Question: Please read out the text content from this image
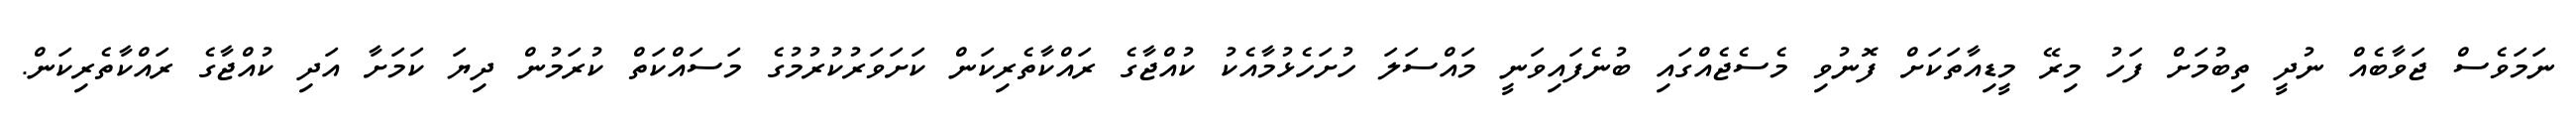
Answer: ނަމަވެސް ޖަވާބެއް ނުދީ ތިބުމަށް ފަހު މިރޭ މީޑިއާތަކަށް ފޮނުވި މެސެޖެއްގައި ބުނެފައިވަނީ މައްސަލަ ހުށަހެޅުމާއެކު ކުއްޖާގެ ރައްކާތެރިކަން ކަށަވަރުކުރުމުގެ މަސައްކަތް ކުރަމުން ދިޔަ ކަމަށާ އަދި ކުއްޖާގެ ރައްކާތެރިކަން.